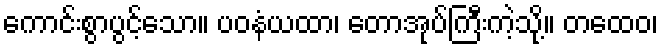
ကောင်းစွာပွင့်သော။ ပဝနံယထာ၊ တောအုပ်ကြီးကဲ့သို့။ တထေဝ၊